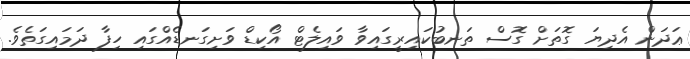
ޢަދަން އެދިޔަ ގޮތަށް ގޮސް ތަނބުކައިރީގައިވާ ވައިލެޓް އޯކިޑް ވަށިގަނޑެއްގައި ހިފާ ދަމައިގަތެވެ.